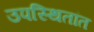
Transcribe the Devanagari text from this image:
उपस्थितांत